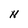
Character: N